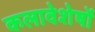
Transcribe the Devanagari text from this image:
कलावेशेषों